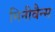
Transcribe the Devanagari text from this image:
मिनीवैन्स